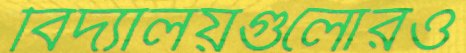
বিদ্যালয়গুলোরও